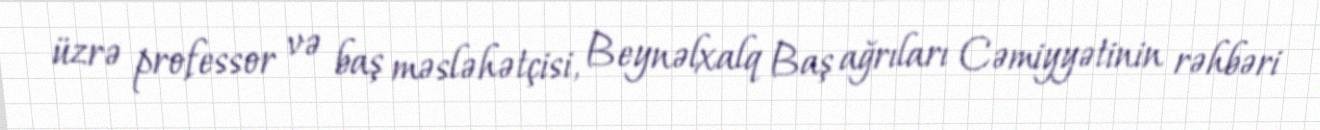
üzrə professor və baş məsləhətçisi, Beynəlxalq Baş ağrıları Cəmiyyətinin rəhbəri